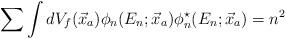
LaTeX: \begin{align*}\sum \int dV_{f}(\vec{x}_{a})\phi_{n}(E_{n};\vec{x}_{a})\phi_{n}^{\star}(E_{n};\vec{x}_{a}) = n^{2}\end{align*}